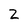
Character: 2